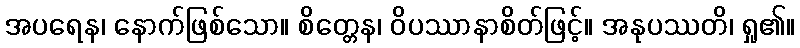
အပရေန၊ နောက်ဖြစ်သော။ စိတ္တေန၊ ဝိပဿာနာစိတ်ဖြင့်။ အနုပဿတိ၊ ရှု၏။